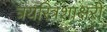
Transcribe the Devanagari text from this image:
त्रयस्त्रिशाक्षरी